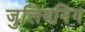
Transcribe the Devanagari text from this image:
जुलियनिंग